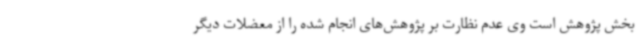
بخش پژوهش است وی عدم نظارت بر پژوهش‌های انجام شده را از معضلات دیگر